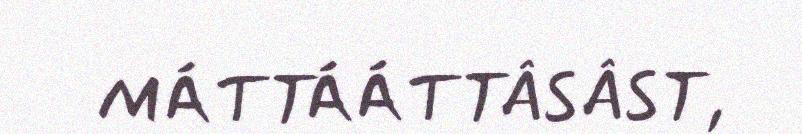
MÁTTÁÁTTÂSÂST,